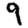
Digit: 9